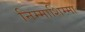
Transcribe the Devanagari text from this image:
निम्माशिम्मा